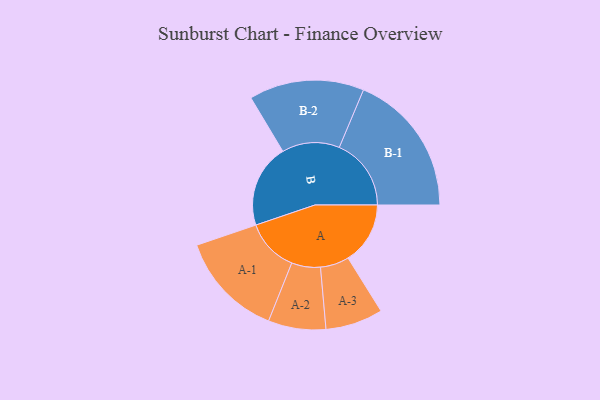
{"axis": {"x": "Segment", "y": "Value"}, "legend": ["", "A", "B"], "data": [{"x": "A", "y": 229, "type": ""}, {"x": "B", "y": 307, "type": ""}, {"x": "A-1", "y": 195, "type": "A"}, {"x": "A-2", "y": 106, "type": "A"}, {"x": "A-3", "y": 106, "type": "A"}, {"x": "B-1", "y": 265, "type": "B"}, {"x": "B-2", "y": 212, "type": "B"}]}